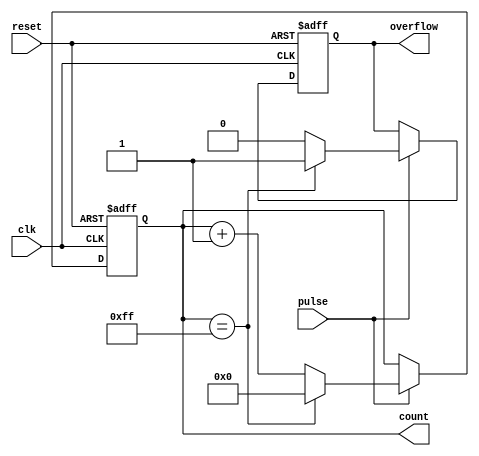
module pulse_counter #(
    parameter N = 8 // Width of the counter (8 bits by default)
)(
    input wire clk,           // Clock signal
    input wire reset,         // Asynchronous reset signal
    input wire pulse,         // Pulse input signal to count
    output reg [N-1:0] count, // Current count value
    output reg overflow       // Overflow flag
);

    // Initial values
    initial begin
        count = 0;
        overflow = 0;
    end

    // Counting mechanism
    always @(posedge clk or posedge reset) begin
        if (reset) begin
            count <= 0;          // Reset counter to 0 on reset
            overflow <= 0;       // Clear overflow flag
        end else if (pulse) begin
            if (count == (1 << N) - 1) begin
                count <= 0;      // Wrap around if max count is reached
                overflow <= 1;    // Set overflow flag
            end else begin
                count <= count + 1; // Increment count
                overflow <= 0;    // Clear overflow flag
            end
        end
    end

endmodule